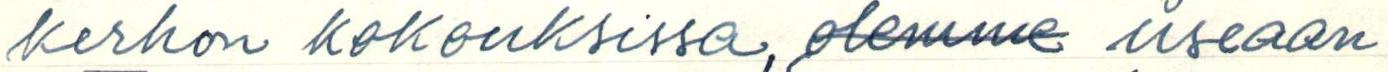
kerhon kokouksissa, olemme useaan